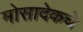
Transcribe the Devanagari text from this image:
मोसादेकचे